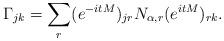
LaTeX: \begin{align*}\Gamma_{jk} = \sum_r (e^{-itM})_{jr} N_{\alpha,r} (e^{itM})_{rk}.\end{align*}